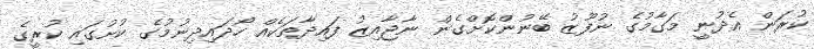
ކުރަން އެދުނީ މަގާމުގެ ނުފޫޒު ބޭނުންކޮށްގެން ނާޖާއިޒު ފައިދާތަކެއް ހޯދައިދިނުމުގެ ކުށުގައި ކުރީގެ